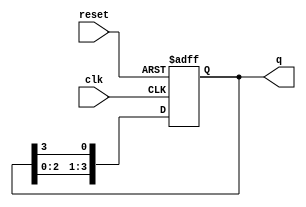
module ring_counter #(
    parameter N = 4  // Number of stages (flip-flops)
)(
    input wire clk,    // Clock signal
    input wire reset,  // Asynchronous reset signal
    output reg [N-1:0] q // Output state of the ring counter
);

// Sequential logic for the ring counter
always @(posedge clk or posedge reset) begin
    if (reset) begin
        // Initialize the counter to the first state
        q <= 1'b1; // Set the first flip-flop to '1', others to '0'
    end else begin
        // Shift the '1' to the next flip-flop
        q <= {q[N-2:0], q[N-1]}; // Shift left and wrap around
    end
end

endmodule